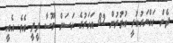
ދެން ހައްޔަރުކުރީ އުމުރުން 82 އަަހަރުގެ ހަސަން މޫސާ ދީދީ އެވެ. އެއީ